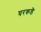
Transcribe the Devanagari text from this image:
घरकडॆ